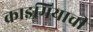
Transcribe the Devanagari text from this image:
क्राइमियाची